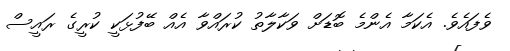
ވެފައެވެ. އެކަމާ އެންމެ ބޮޑަށް ވަކާލާތު ކުރައްވާ އެއް ބޭފުޅަކީ ކުރީގެ ރައީސް